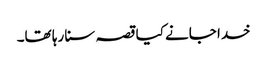
خدا جانے کیا قصہ سنا رہا تھا۔